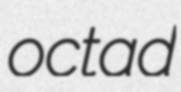
octad